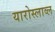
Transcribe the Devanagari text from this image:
यारोस्लाव्ल